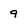
Character: 9